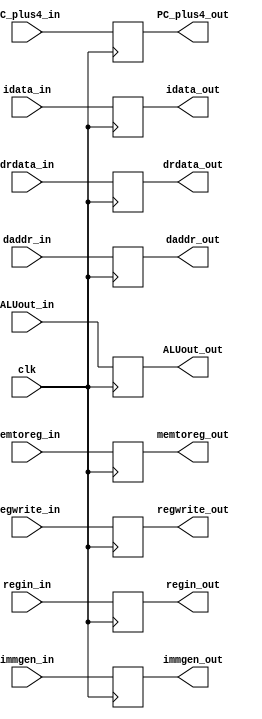
`timescale 1ns / 1ps
//////////////////////////////////////////////////////////////////////////////////
// Company: 
// Engineer: 
// 
// Design Name: 
// Module Name:    MEM_WB 
// Project Name: 
// Target Devices: 
// Tool versions: 
// Description: 
//
// Dependencies: 
//
// Revision: 
// Revision 0.01 - File Created
// Additional Comments: 
//
//////////////////////////////////////////////////////////////////////////////////
module MEM_WB(
	 input clk,
    input memtoreg_in,
    input regwrite_in,
    input [31:0] ALUout_in,
    input [31:0] drdata_in,
    input [31:0] immgen_in,
    input [31:0] PC_plus4_in,
    input [1:0] regin_in,
	 input [31:0] idata_in,
	 input [31:0] daddr_in,
	 output reg [31:0] daddr_out,
	 output reg [31:0] idata_out,
    output reg [1:0] regin_out,
    output reg [31:0] PC_plus4_out,
    output reg [31:0] immgen_out,
    output reg [31:0] ALUout_out,
    output reg [31:0] drdata_out,
    output reg memtoreg_out,
    output reg regwrite_out
    );
	 
	 initial begin
	 ALUout_out = 0;
	 memtoreg_out = 0;
	 regwrite_out = 0;
	 regin_out = 0;
	 immgen_out = 0;
	 drdata_out = 0;
	 PC_plus4_out = 0;
	 idata_out = 0;
	 daddr_out = 0; 
	 end
	 
always@(posedge clk)begin
	 ALUout_out <= ALUout_in;
	 memtoreg_out <= memtoreg_in;
	 regwrite_out <= regwrite_in;
	 regin_out <= regin_in;
	 immgen_out <= immgen_in;
	 drdata_out <= drdata_in;
	 PC_plus4_out <= PC_plus4_in;
	 idata_out <= idata_in;
	 daddr_out <= daddr_in; 
end
endmodule